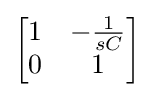
{\begin{bmatrix}1&-{\frac {1}{sC}}\\0&1\end{bmatrix}}